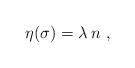
LaTeX: \begin{align*}\eta({\sigma}) = \lambda \, {n} \ ,\end{align*}